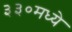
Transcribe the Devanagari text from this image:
३३०मध्ये